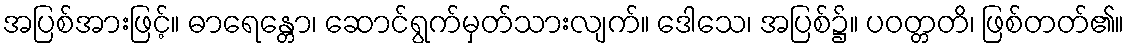
အပြစ်အားဖြင့်။ ဓာရေန္တော၊ ဆောင်ရွက်မှတ်သားလျက်။ ဒေါသေ၊ အပြစ်၌။ ပဝတ္တတိ၊ ဖြစ်တတ်၏။